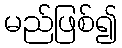
မည်ဖြစ်၍